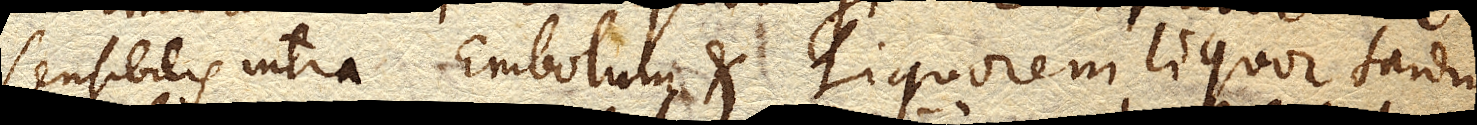
sensibilis intra Embolum et Liquorem, liquor tardius